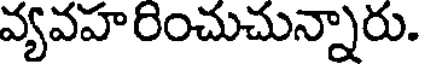
వ్యవహరించుచున్నారు.